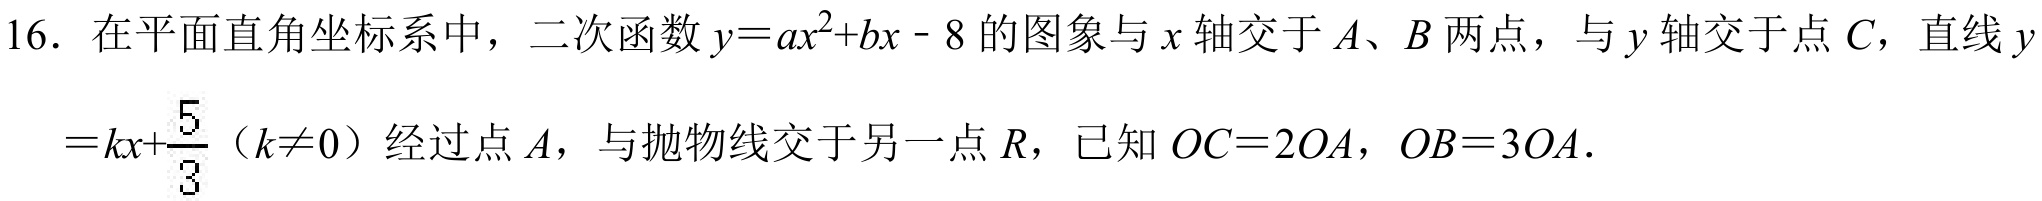
16. 在平面直角坐标系中，二次函数\(y = ax^{2}+bx - 8\)的图象与\(x\)轴交于\(A、B\)两点，与\(y\)轴交于点\(C\)，直线\(y=kx+\frac{5}{3}\)（\(k\neq0\)）经过点\(A\)，与抛物线交于另一点\(R\)，已知\(OC = 2OA\)，\(OB = 3OA\)．